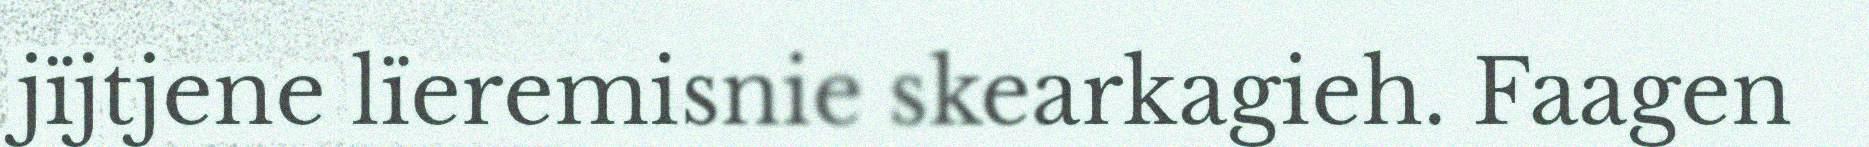
jïjtjene lïeremisnie skearkagieh. Faagen